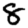
Digit: 8